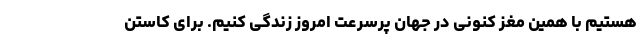
هستیم با همین مغز کنونی در جهان پرسرعت امروز زندگی کنیم. برای کاستن